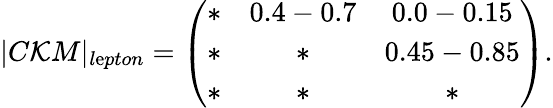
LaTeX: |C\mathcal{K}M|_{l\mathrm{e}pton}=\left(\begin{array}{ccc}{{\ast}}&{{0.4-0.7}}&{{0.0-0.15}}\\ {{\ast}}&{{\ast}}&{{0.45-0.85}}\\ {{\ast}}&{{\ast}}&{{\ast}}\end{array}\right).